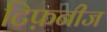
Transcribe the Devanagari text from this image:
टिफ़नीज